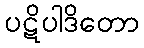
ပဋိပါဒိတော